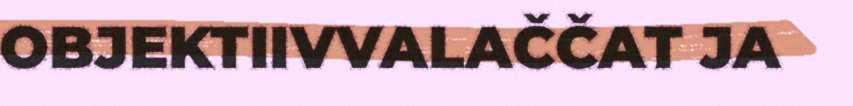
OBJEKTIIVVALAČČAT JA